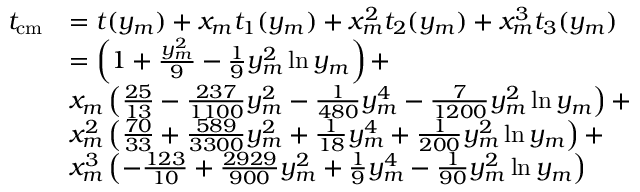
\begin{array} { r l } { t _ { \mathrm { c m } } } & { = t ( y _ { m } ) + x _ { m } t _ { 1 } ( y _ { m } ) + x _ { m } ^ { 2 } t _ { 2 } ( y _ { m } ) + x _ { m } ^ { 3 } t _ { 3 } ( y _ { m } ) } \\ & { = \left( 1 + \frac { y _ { m } ^ { 2 } } { 9 } - \frac { 1 } { 9 } y _ { m } ^ { 2 } \ln y _ { m } \right) + } \\ & { x _ { m } \left( \frac { 2 5 } { 1 3 } - \frac { 2 3 7 } { 1 1 0 0 } y _ { m } ^ { 2 } - \frac { 1 } { 4 8 0 } y _ { m } ^ { 4 } - \frac { 7 } { 1 2 0 0 } y _ { m } ^ { 2 } \ln y _ { m } \right) + } \\ & { x _ { m } ^ { 2 } \left( \frac { 7 0 } { 3 3 } + \frac { 5 8 9 } { 3 3 0 0 } y _ { m } ^ { 2 } + \frac { 1 } { 1 8 } y _ { m } ^ { 4 } + \frac { 1 } { 2 0 0 } y _ { m } ^ { 2 } \ln y _ { m } \right) + } \\ & { x _ { m } ^ { 3 } \left( - \frac { 1 2 3 } { 1 0 } + \frac { 2 9 2 9 } { 9 0 0 } y _ { m } ^ { 2 } + \frac { 1 } { 9 } y _ { m } ^ { 4 } - \frac { 1 } { 9 0 } y _ { m } ^ { 2 } \ln y _ { m } \right) } \end{array}